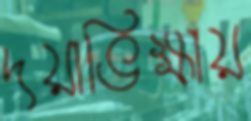
দয়াভিক্ষায়